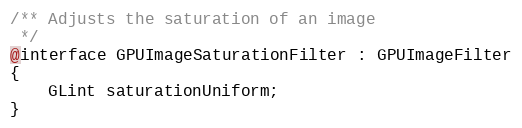
Language: C
/** Adjusts the saturation of an image
 */
@interface GPUImageSaturationFilter : GPUImageFilter
{
    GLint saturationUniform;
}